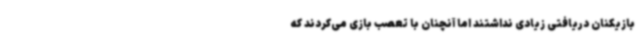
بازیکنان دریافتی زیادی نداشتند اما آنچنان با تعصب بازی می‌کردند که